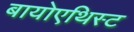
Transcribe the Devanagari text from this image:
बायोएथिस्ट